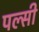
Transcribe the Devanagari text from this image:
पल्सी